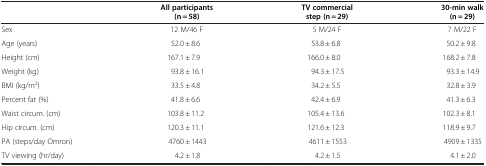
<table><thead><tr><td><b> </b></td><td><b>All participants (n = 58)</b></td><td><b>TV commercial step (n = 29)</b></td><td><b>30-min walk (n = 29)</b></td></tr></thead><tbody><tr><td>Sex</td><td>12 M/46 F</td><td>5 M/24 F</td><td>7 M/22 F</td></tr><tr><td>Age (years)</td><td>52.0 ± 8.6</td><td>53.8 ± 6.8</td><td>50.2 ± 9.8</td></tr><tr><td>Height (cm)</td><td>167.1 ± 7.9</td><td>166.0 ± 8.0</td><td>168.2 ± 7.8</td></tr><tr><td>Weight (kg)</td><td>93.8 ± 16.1</td><td>94.3 ± 17.5</td><td>93.3 ± 14.9</td></tr><tr><td>BMI (kg/m<sup>2</sup>)</td><td>33.5 ± 4.8</td><td>34.2 ± 5.5</td><td>32.8 ± 3.9</td></tr><tr><td>Percent fat (%)</td><td>41.8 ± 6.6</td><td>42.4 ± 6.9</td><td>41.3 ± 6.3</td></tr><tr><td>Waist circum. (cm)</td><td>103.8 ± 11.2</td><td>105.4 ± 13.6</td><td>102.3 ± 8.1</td></tr><tr><td>Hip circum. (cm)</td><td>120.3 ± 11.1</td><td>121.6 ± 12.3</td><td>118.9 ± 9.7</td></tr><tr><td>PA (steps/day Omron)</td><td>4760 ± 1443</td><td>4611 ± 1553</td><td>4909 ± 1335</td></tr><tr><td>TV viewing (hr/day)</td><td>4.2 ± 1.8</td><td>4.2 ± 1.5</td><td>4.1 ± 2.0</td></tr></tbody></table>